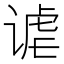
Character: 谑